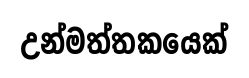
උන්මත්තකයෙක්